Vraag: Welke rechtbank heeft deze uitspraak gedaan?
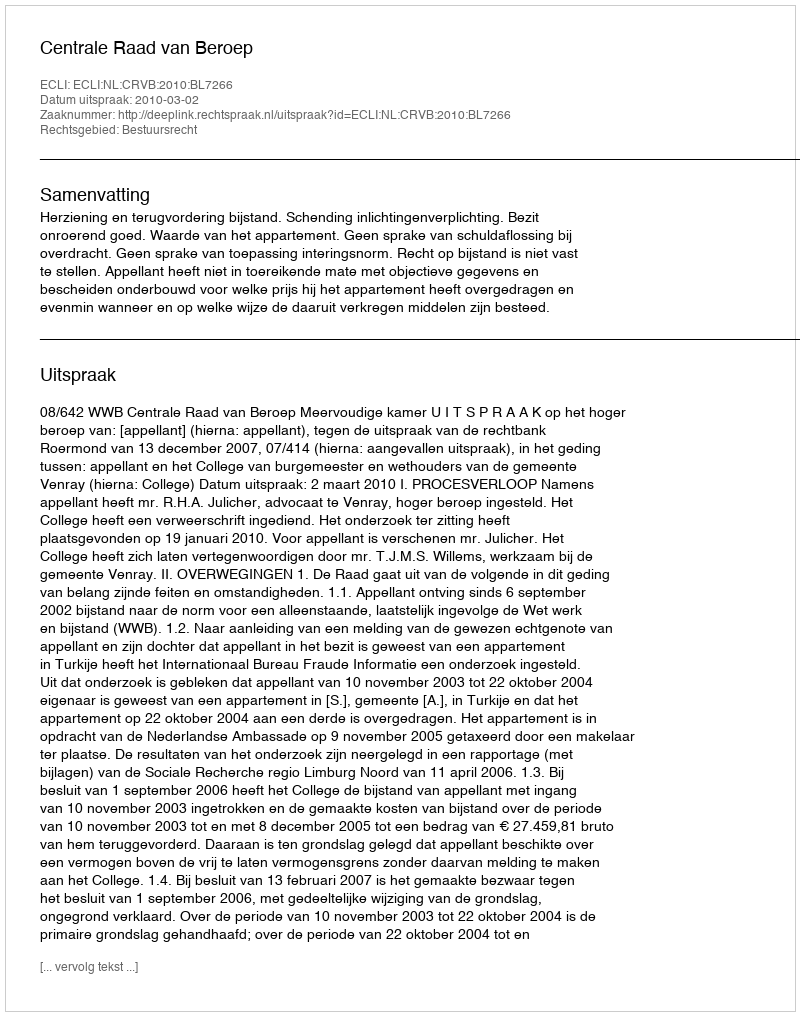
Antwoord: Centrale Raad van Beroep